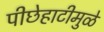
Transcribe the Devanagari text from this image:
पीछेहाटीमुळे